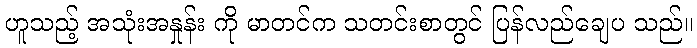
ဟူသည့် အသုံးအနှုန်း ကို မာတင်က သတင်းစာတွင် ပြန်လည်ချေပ သည်။